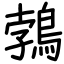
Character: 鵓